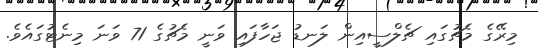
މިރޭގެ މެޗުގައި ޗެލްސީއިން ލަނޑު ޖަހާފައި ވަނީ މެޗުގެ 71 ވަނަ މިނެޓުގައެވެ.